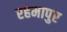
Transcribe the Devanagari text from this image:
रहमापुर